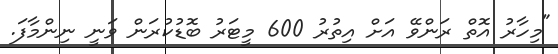
"މިހާރު އޮތް ރަންވޭ އަށް އިތުރު 600 މީޓަރު ބޮޑުކުރަން ވަނީ ނިންމާފަ.